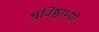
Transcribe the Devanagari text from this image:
श्रविष्ठाभ्यो